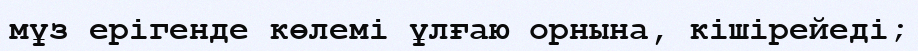
мұз ерігенде көлемі ұлғаю орнына, кішірейеді;